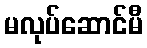
မလုပ်ဆောင်မီ